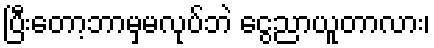
ပြီးတော့ဘာမှမလုပ်ဘဲ ငွေညာယူတာလား၊